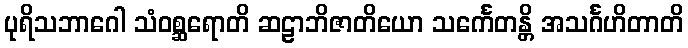
ပုရိသဘာဂေါ သံဝစ္ဆရောတိ ဆဠာဘိဇာတိယော သင်္ကေတန္တိ အသင်္ဂဟိတာတိ